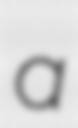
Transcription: a